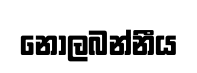
නොලබන්නීය